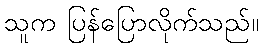
သူက ပြန်ပြောလိုက်သည်။